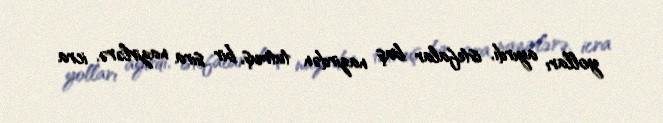
yolları ayırdı, istefalar baş nazirdən tutmuş, bir sıra nazirlərə, icra